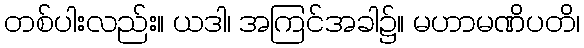
တစ်ပါးလည်း။ ယဒါ၊ အကြင်အခါ၌။ မဟာမဏိပတိ၊